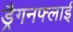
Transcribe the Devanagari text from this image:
ड्रैगनफ्लाई